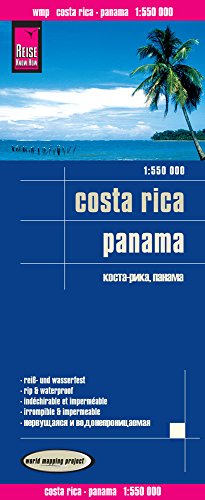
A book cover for Costa Rica, Panama; Reise Know-How Verlag; Travel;